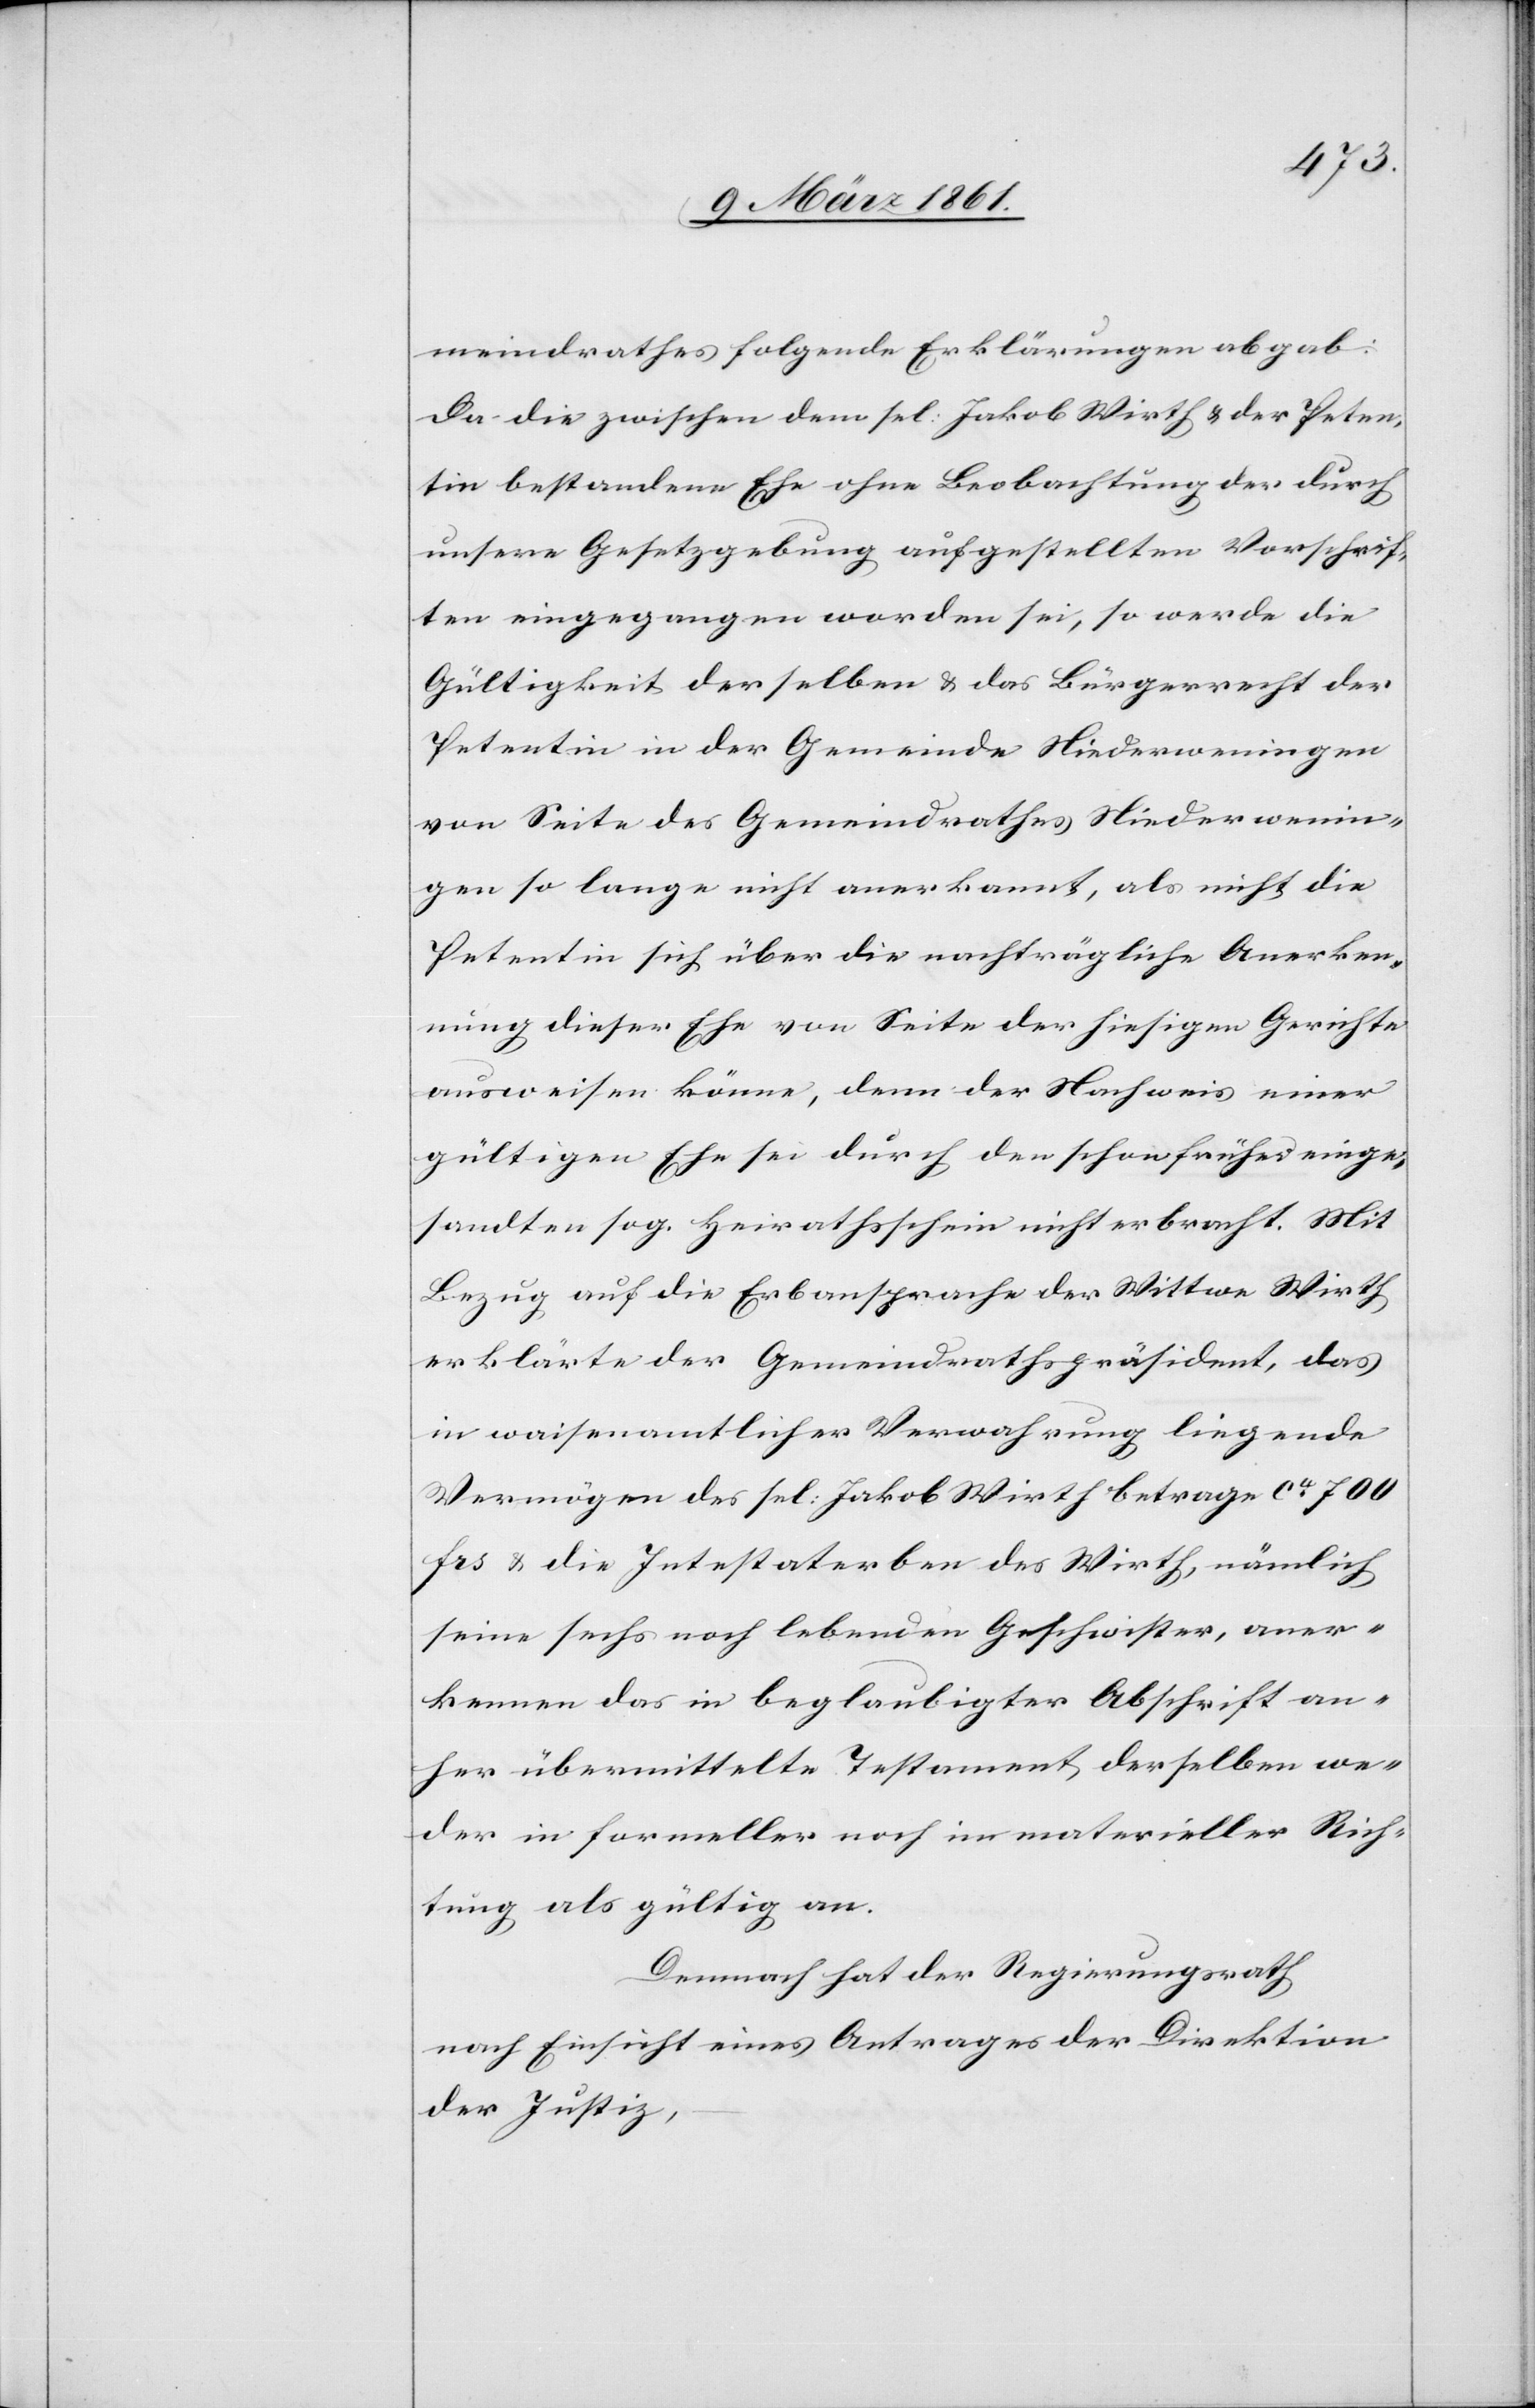
meindrathes folgende Erklärungen abgab:
Da die zwischen dem sel: Jakob Wirth u. der Peten¬
tin bestandene Ehe ohne Beobachtung der durch
unsere Gesetzgebung aufgestellten Vorschrif¬
ten eingegangen worden sei, so werde die
Gültigkeit derselben u. das Bürgerrecht der
Petentin in der Gemeinde Niederweningen
von Seite des Gemeindrathes Niederwenin¬
gen so lange nicht anerkannt, als nicht die
Petentin sich über die nachträgliche Anerken¬
nung dieser Ehe von Seite der hiesigen Gerichte
ausweisen könne, denn der Nachweis einer
gültigen Ehe sei durch den schon früher einge¬
sandten sog. Heirathsschein nicht erbracht. Mit
Bezug auf die Erbsansprache der Wittwe Wirth
erklärte der Gemeindrathspräsident, das
in waisenamtlicher Verwahrung liegende
Vermögen des sel: Jakob Wirth betrage ca 700
frs. u. die Intestaterben des Wirth, nämlich
seine sechs noch lebenden Geschwister, aner¬
kennen das in beglaubigter Abschrift an¬
her übermittelte Testament derselben we¬
der in formeller noch in materieller Rich¬
tung als gültig an.
Demnach hat der Regierungsrath
nach Einsicht eines Antrages der Direktion
der Justiz,